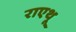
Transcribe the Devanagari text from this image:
राएथू